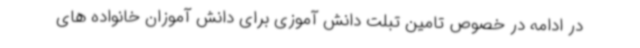
در ادامه در خصوص تامین تبلت دانش آموزی برای دانش آموزان خانواده های